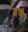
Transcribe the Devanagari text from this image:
बणै